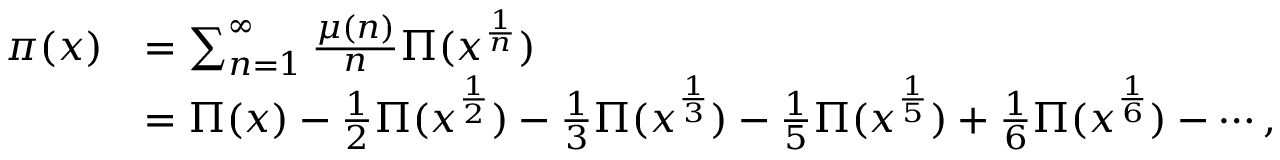
{ \begin{array} { r l } { \pi ( x ) } & { = \sum _ { n = 1 } ^ { \infty } { \frac { \mu ( n ) } { n } } \Pi ( x ^ { \frac { 1 } { n } } ) } \\ & { = \Pi ( x ) - { \frac { 1 } { 2 } } \Pi ( x ^ { \frac { 1 } { 2 } } ) - { \frac { 1 } { 3 } } \Pi ( x ^ { \frac { 1 } { 3 } } ) - { \frac { 1 } { 5 } } \Pi ( x ^ { \frac { 1 } { 5 } } ) + { \frac { 1 } { 6 } } \Pi ( x ^ { \frac { 1 } { 6 } } ) - \cdots , } \end{array} }